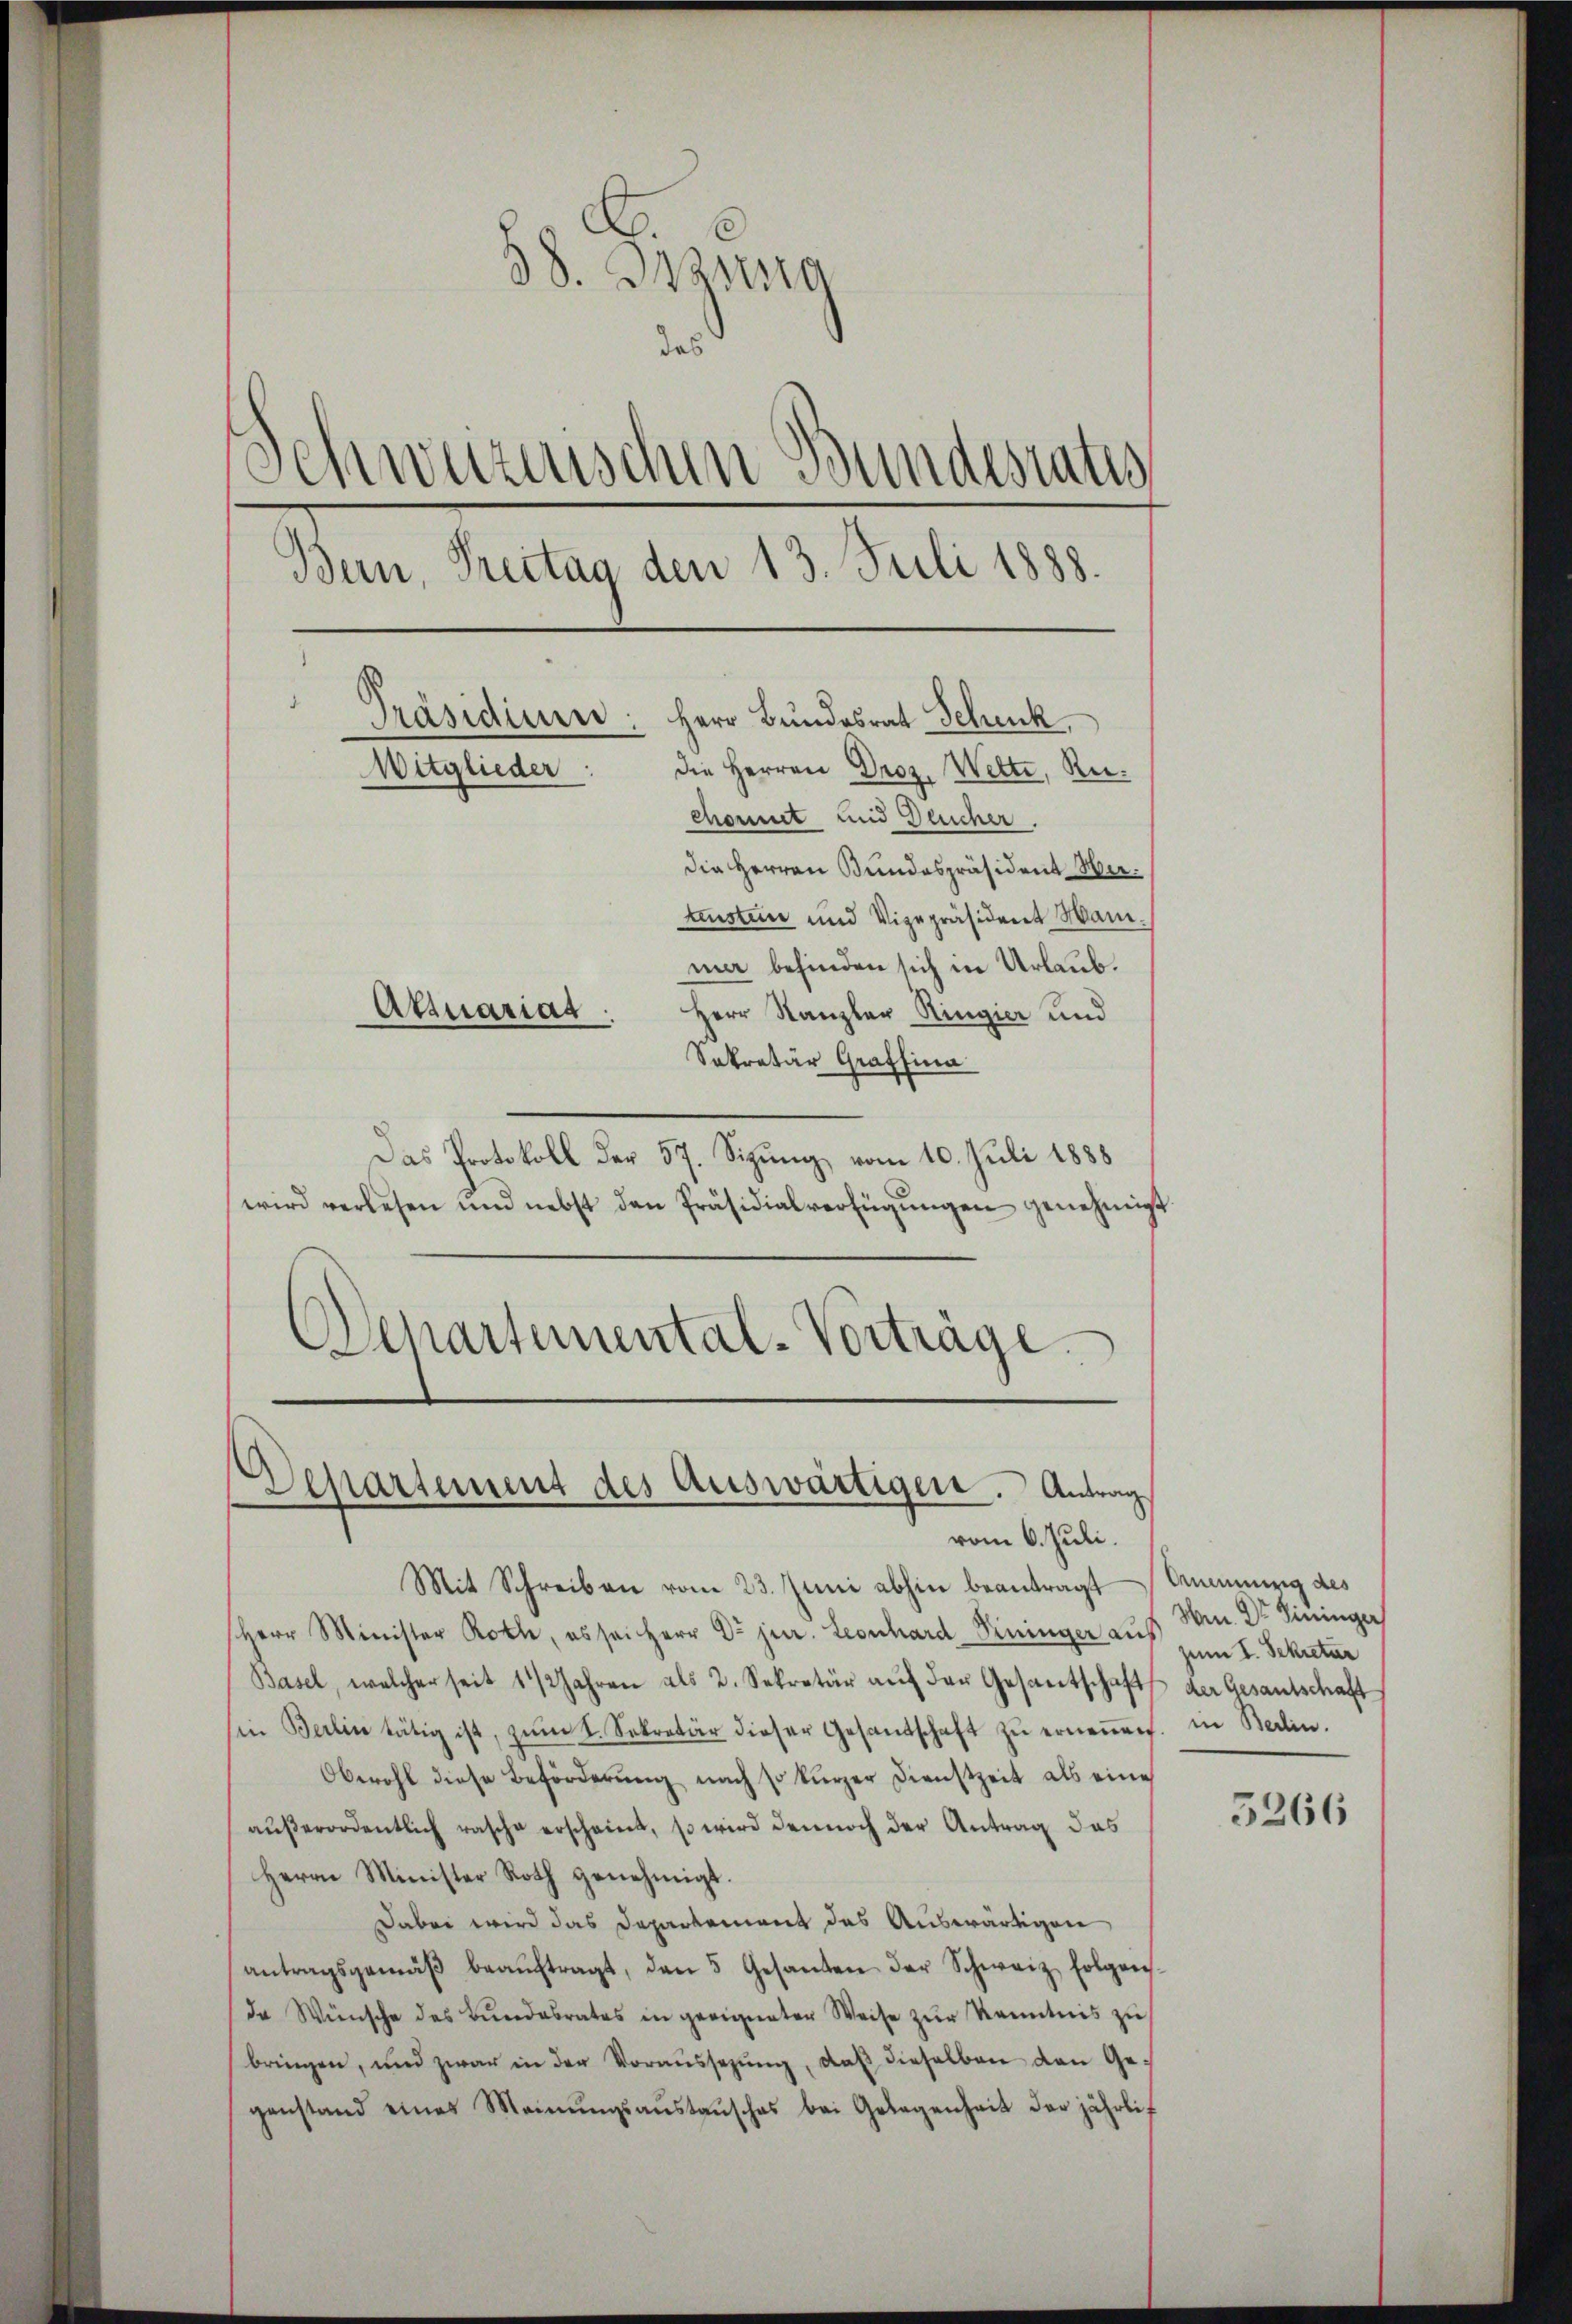
E
38. Inzung
das
Schweizerischen Bundesrates
Bun, Treitag den 13. Juli 1888.
Präsidium:
Herr Bundesrat Schick
Mitglieder
die Herren Droz. Welte, Riechonnet und Deucher.
die Herren Bundespräsident Herteustein und Vizepräsident Mann.
mar befinden sich in Urlaub.
Attuariat
Herr Kanzler Ringier und
Sekretär Graffina

Das Protokoll der 57. Sizung vom 10. Juli 1888
wird verlesen und nebst den Präsidialverfügŭngen genehmigt.
Cepartemental-Vorträge.

Departement des Auswärtigen. Antrag
vom 6. Juli.

Mit Schreiben vom 23. Juni abhin beantragt
Herr Minister Rolle, es sei Herr Dr jur. Leonhard Pininger aŭf u Sekretar
Basel, welcher seit 1 1/2 Jahren als 2. Sekretär aŭf der Gesandtschaft der Gesantschaft
(in Berlin tätig ist, zŭm 1. Sekretär dieser Gesandschaft zŭ erneṅen. in Berlin.
Obwohl diese Beförderung nach so kurzer Dienstzeit als eine
aŭβerordentlich rasche erscheint, so wird dennoch der Antrag das
Herrn Minister Roth genehmigt.
Dabei wird das Departement des Auswärtigen
antragsgemäβ beaŭftragt, den 5 Gesanten der Schweiz folgens-
da Wünsche des Bŭndesrates in geeigneter Weise zŭr Kenntnis zŭ
bringen, und zwar in der Voraŭssezŭng, daβ dieselben den Gegenstand eines Meinŭngsaŭstaŭsches bei Gelegenheit der jährlich

Anennung des
Men. Dr Firinger

5266